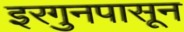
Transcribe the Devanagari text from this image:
इरगुनपासून